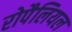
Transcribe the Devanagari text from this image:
रोपैलियल